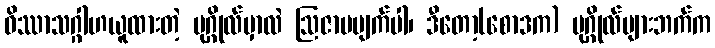
ဝိဿာသဂ္ဂါဟယူထားတဲ့ ပုဂ္ဂိုလ်မှာလဲ ဩဇာမပျက်ပါ၊ ဒီတော့(စောဒက) ပုဂ္ဂိုလ်များဘက်က